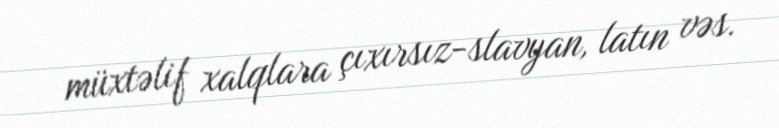
müxtəlif xalqlara çıxırsız-slavyan, latın vəs.